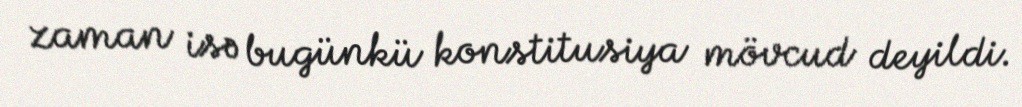
zaman isə bugünkü konstitusiya mövcud deyildi.